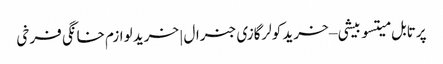
پرتابل میتسوبیشی – خرید کولرگازی جنرال | خرید لوازم خانگی فرخی